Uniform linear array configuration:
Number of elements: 32
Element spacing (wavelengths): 0.75
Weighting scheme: kaiser
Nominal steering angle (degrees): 15
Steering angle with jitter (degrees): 14.208
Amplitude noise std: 0.05
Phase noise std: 0.05

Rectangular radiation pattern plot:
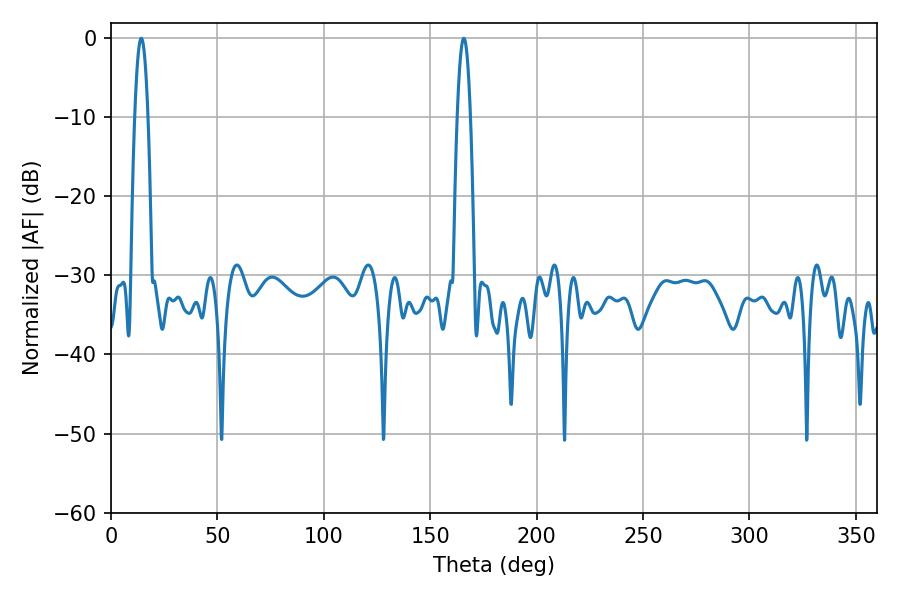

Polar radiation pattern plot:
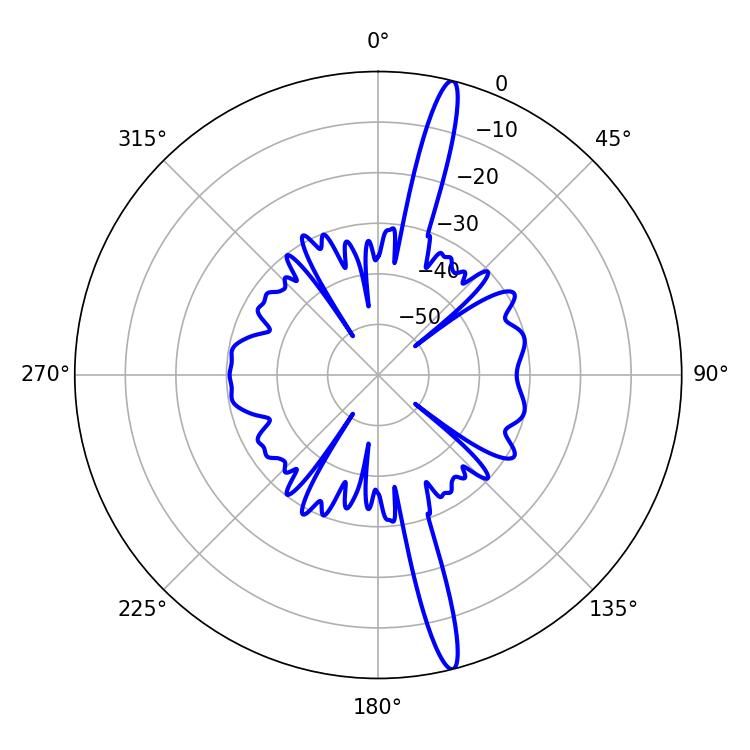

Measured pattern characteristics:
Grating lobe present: TRUE
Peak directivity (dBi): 17.944
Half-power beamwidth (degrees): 3.24
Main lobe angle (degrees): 14.22